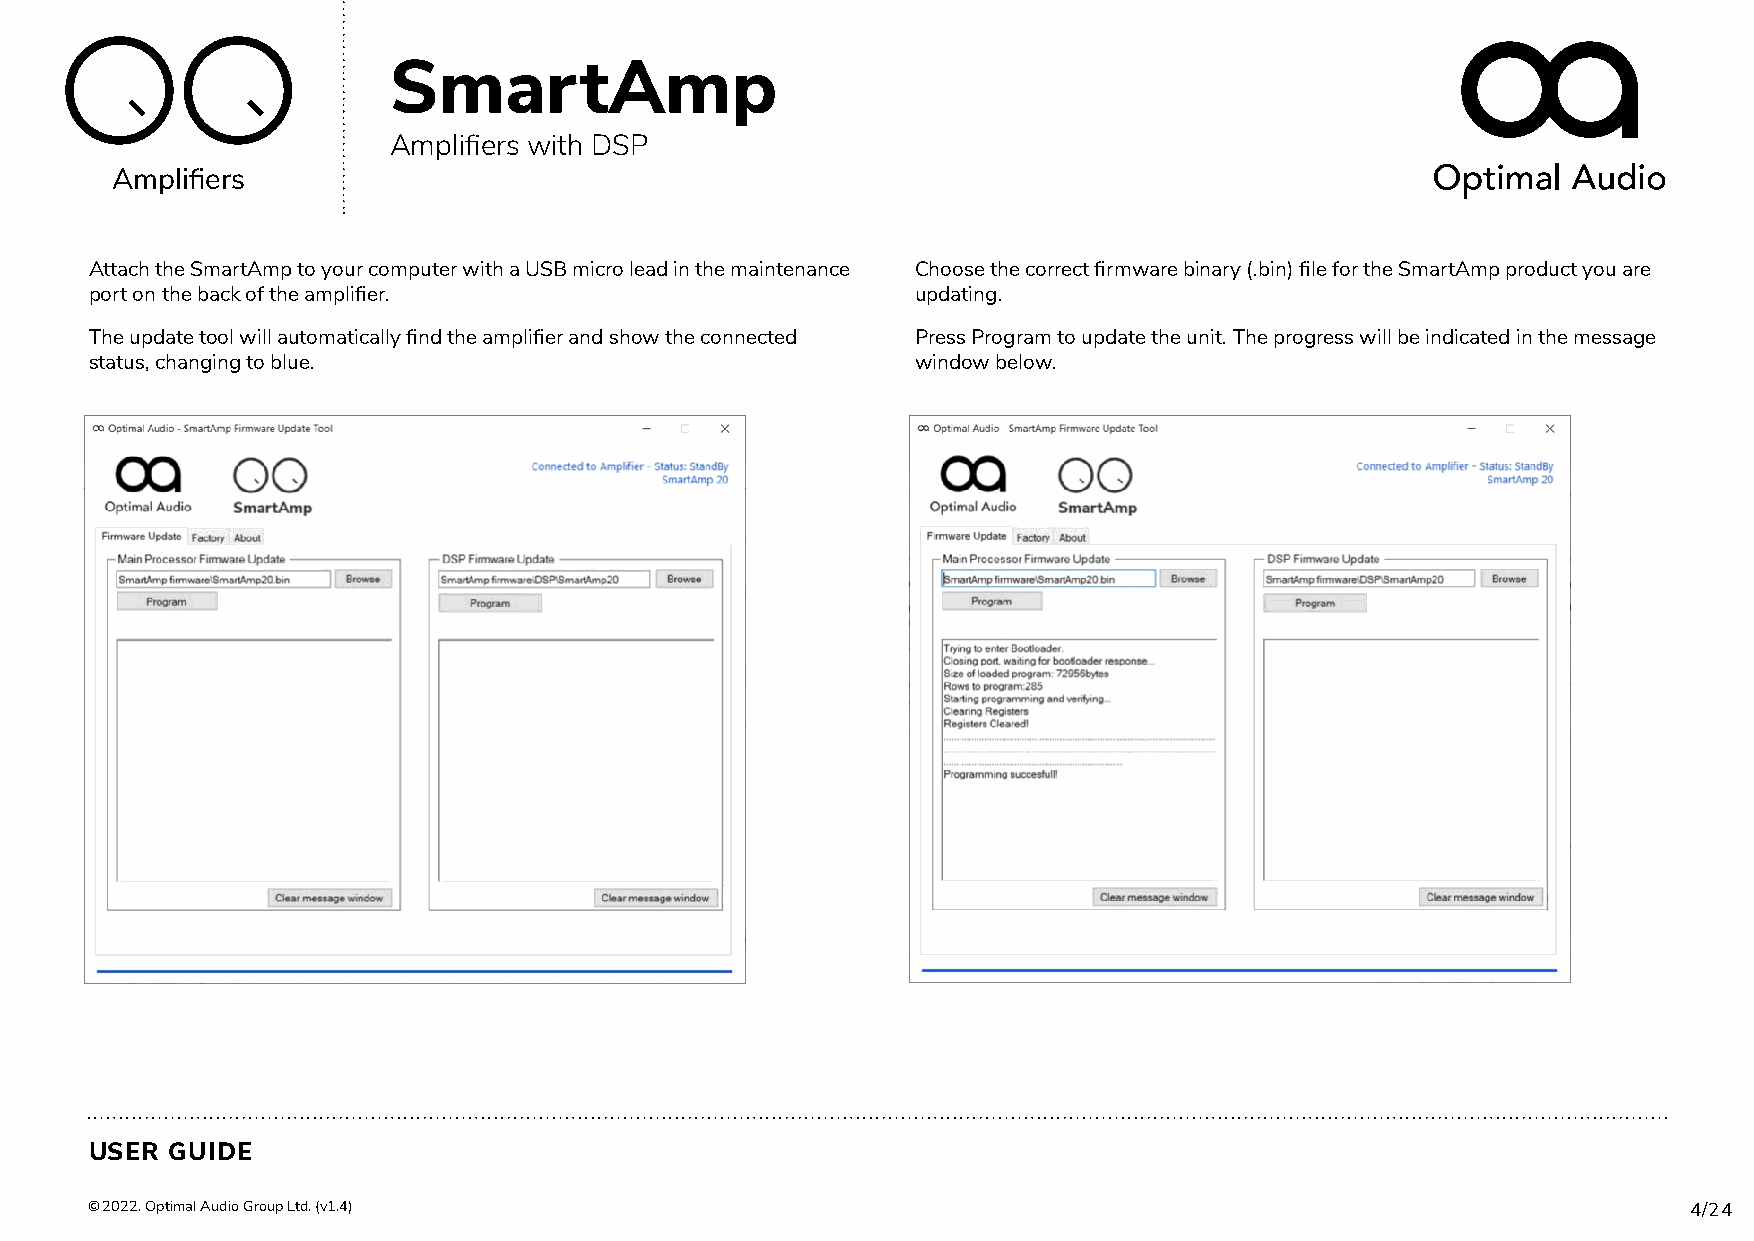
SmartAmp
 Amplifiers with DSP
 Amplifiers
 Attach the SmartAmp to your computer with a USB micro lead in the maintenance Choose the correct firmware binary (.bin) file for the SmartAmp product you are
 port on the back of the amplifier.                     updating.
 The update tool will automatically find the amplifier and show the connected Press Program to update the unit. The progress will be indicated in the message
 status, changing to blue.                              window below.
 USER GUIDE
 © 2022. Optimal Audio Group Ltd. (v1.4)                                                                   4/24